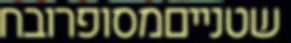
שטנייםמסופרובח